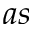
a s